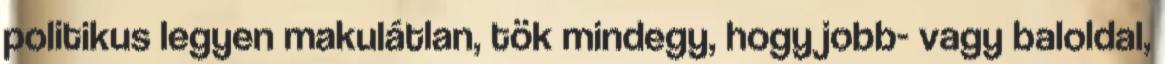
politikus legyen makulátlan, tök mindegy, hogy jobb- vagy baloldal,